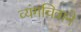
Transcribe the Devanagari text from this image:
व्यंगचित्राने